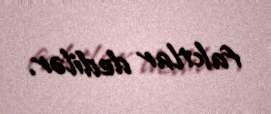
faktlar dedilər.